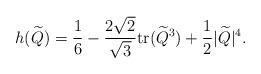
LaTeX: \begin{align*}h(\widetilde Q)= \frac{1}{6}-\frac{2\sqrt 2}{\sqrt 3}\mathrm{tr}(\widetilde Q^3)+ \frac 12 |\widetilde Q|^4.\end{align*}